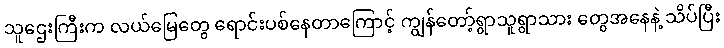
သူဌေးကြီးက လယ်မြေတွေ ရောင်းပစ်နေတာကြောင့် ကျွန်တော့်ရွာသူရွာသား တွေအနေနဲ့ သိပ်ပြီး